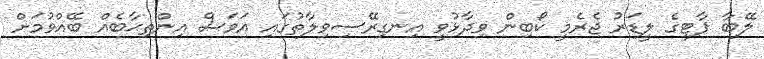
ލޭބާ ޕާޓީގެ ލީޑަރު ޖެރެމީ ކޯބިން ވިދާޅުވީ އިނގިރޭސިވިލާތުގައި އަވަސް އިންތިޙާބެއް ބޭއްވުމަށް